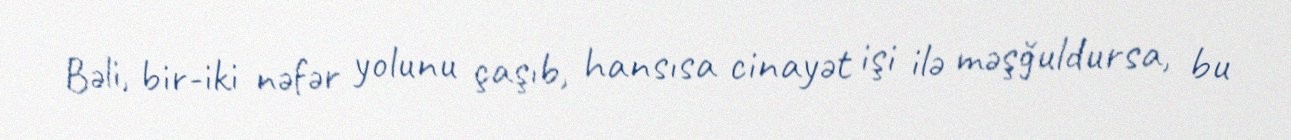
Bəli, bir-iki nəfər yolunu çaşıb, hansısa cinayət işi ilə məşğuldursa, bu